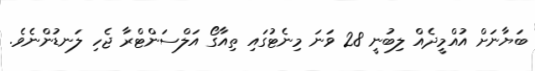
ބަޔާނަށް އުއްމީދެއް ލިބުނީ 28 ވަނަ މިނެޓުގައި ތިއާގޯ އަލްސަންޓްރާ ޖެހި ލަނޑުންނެވެ.